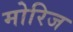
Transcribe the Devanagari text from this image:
मोरिज